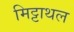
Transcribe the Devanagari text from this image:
मिट्टाथल